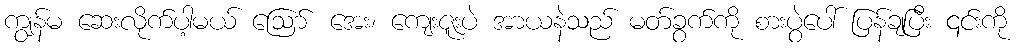
ကျွန်မ ဆေးလိုက်ပါ့မယ် ဪ အေး၊ ကျေးဇူးပဲ အာယနဲသည် မတ်ခွက်ကို စားပွဲပေါ် ပြန်ချပြီး ၎င်းကို